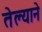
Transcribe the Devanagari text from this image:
तेल्याने